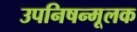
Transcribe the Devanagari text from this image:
उपनिषन्मूलक